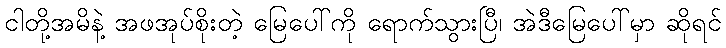
ငါတို့အမိနဲ့ အဖအုပ်စိုးတဲ့ မြေပေါ်ကို ရောက်သွားပြီ၊ အဲဒီမြေပေါ်မှာ ဆိုရင်